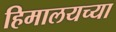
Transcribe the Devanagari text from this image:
हिमालयच्या